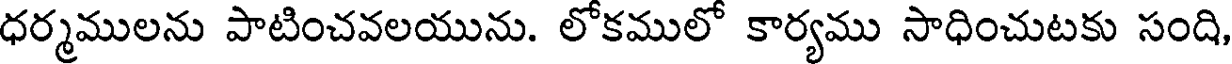
ధర్మములను పాటించవలయును. లోకములో కార్యము సాధించుటకు సంది